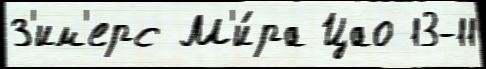
З'им'ерс М'и́ра Цао 13-11